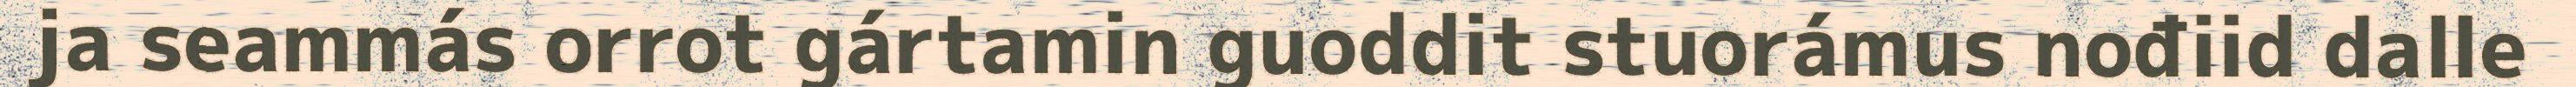
ja seammás orrot gártamin guoddit stuorámus nođiid dalle